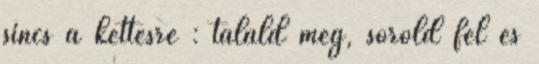
sincs a kettesre : találd meg, sorold fel és